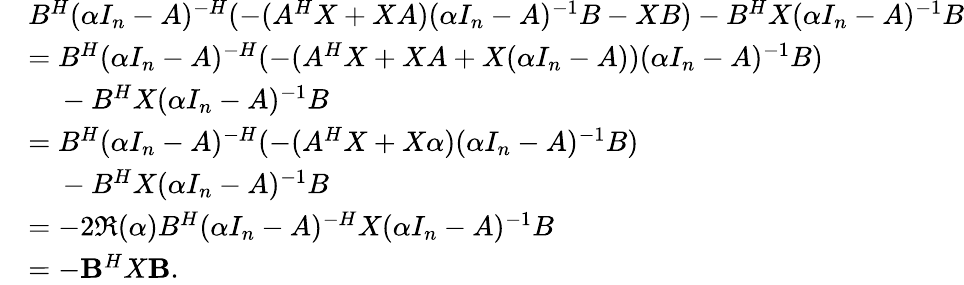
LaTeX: \begin{array}{rl}&{B^{H}(\alpha I_{n}-A)^{-H}(-(A^{H}X+XA)(\alpha I_{n}-A)^{-1}B-XB)-B^{H}X(\alpha I_{n}-A)^{-1}B}\\ &{=B^{H}(\alpha I_{n}-A)^{-H}(-(A^{H}X+XA+X(\alpha I_{n}-A))(\alpha I_{n}-A)^{-1}B)}\\ &{~~~~-B^{H}X(\alpha I_{n}-A)^{-1}B}\\ &{=B^{H}(\alpha I_{n}-A)^{-H}(-(A^{H}X+X\alpha)(\alpha I_{n}-A)^{-1}B)}\\ &{~~~~-B^{H}X(\alpha I_{n}-A)^{-1}B}\\ &{=-2\Re(\alpha)B^{H}(\alpha I_{n}-A)^{-H}X(\alpha I_{n}-A)^{-1}B}\\ &{=-\mathbf{B}^{H}X\mathbf{B}.}\end{array}